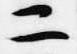
二